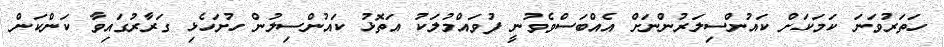
ހަތަރުވަނަ ކަމަކަށް ކައުންސިލަރުންނަށް އެއްބަސްވެވުނީ ފުވައްމުލަކު އަތޮޅު ކައުންސިލުން ހުށަހެޅި ގަރާރުގައިވާ ކަންކަން